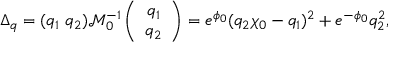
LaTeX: \Delta _ { q } = ( q _ { 1 } \ q _ { 2 } ) \mathcal { M } _ { 0 } ^ { - 1 } \left( \begin{array} { c } { { q _ { 1 } } } \\ { { q _ { 2 } } } \end{array} \right) = e ^ { \phi _ { 0 } } ( q _ { 2 } \chi _ { 0 } - q _ { 1 } ) ^ { 2 } + e ^ { - \phi _ { 0 } } q _ { 2 } ^ { 2 } ,